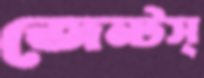
জেন্টস্